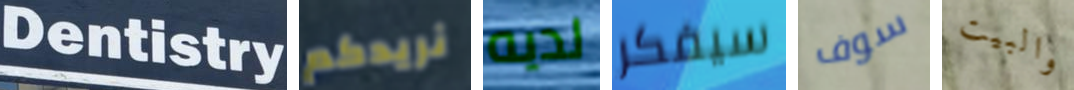
Dentistry نريدكم لديه سيفكر سوف والبيت